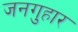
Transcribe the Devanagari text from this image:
जनगुहार